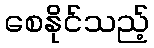
စေနိုင်သည့်